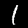
Digit: 1